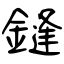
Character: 鏠